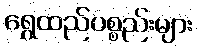
ရွှေထည်ပစ္စည်းများ